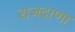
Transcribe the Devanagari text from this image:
राजदाणा